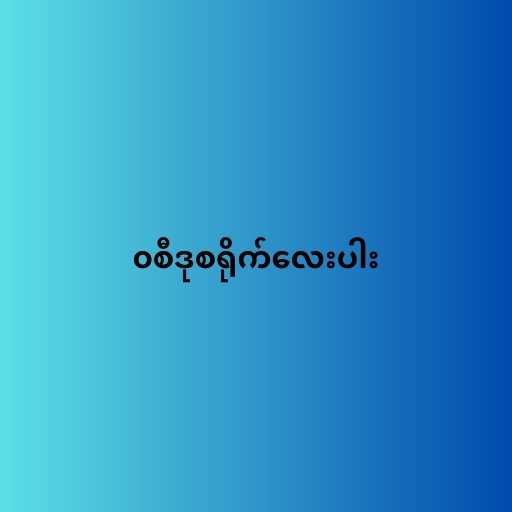
၀စီဒုစရိုက်လေးပါး